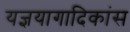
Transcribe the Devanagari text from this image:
यज्ञयागादिकांस